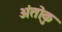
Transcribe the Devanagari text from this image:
अंतोकु